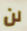
لن